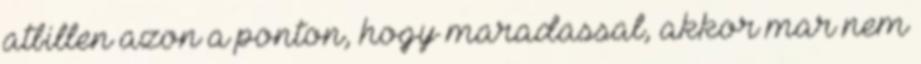
atbillen azon a ponton, hogy maradassal, akkor mar nem